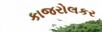
કાજરોલકર